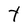
Character: t